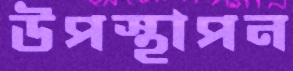
উপস্থাপন